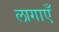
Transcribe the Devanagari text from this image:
लागाएँ